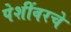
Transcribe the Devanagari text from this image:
पेशींवरचे